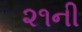
૨૧ની